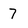
Character: 7